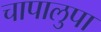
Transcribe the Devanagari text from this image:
चापालुपा